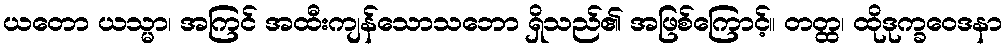
ယတော ယသ္မာ၊ အကြင် အထီးကျန်သောသဘော ရှိသည်၏ အဖြစ်ကြောင့်။ တတ္ထ၊ ထိုဒုက္ခဝေဒနာ